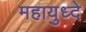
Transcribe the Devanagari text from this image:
महायुध्दे